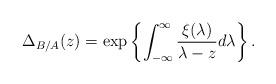
LaTeX: \begin{align*}\Delta_{B/A}(z)=\exp\left\{\int_{-\infty}^\infty \frac{\xi(\lambda)}{\lambda-z}d\lambda\right\}.\end{align*}